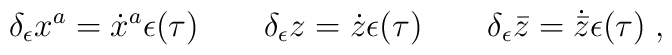
\delta_{\epsilon}x^a=\dot{x}^a\epsilon (\tau)\qquad\delta_{\epsilon} z =\dot{z}\epsilon (\tau)\qquad\delta_{\epsilon}\bar{z}=\dot{\bar{z}}\epsilon (\tau)\;,